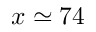
x \simeq 7 4